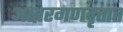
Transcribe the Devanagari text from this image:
अक्षरगणवृत्तात